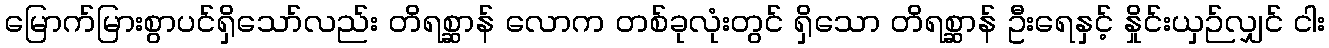
မြောက်မြားစွာပင်ရှိသော်လည်း တိရစ္ဆာန် လောက တစ်ခုလုံးတွင် ရှိသော တိရစ္ဆာန် ဦးရေနှင့် နှိုင်းယှဉ်လျှင် ငါး